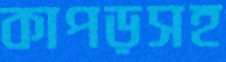
কাপড়সহ